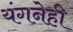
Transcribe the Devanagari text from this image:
यंगनेही